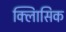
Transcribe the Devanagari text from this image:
क्लािसिक